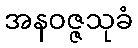
အနဝဇ္ဇသုခံ